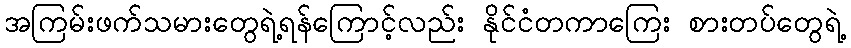
အကြမ်းဖက်သမားတွေရဲ့ရန်ကြောင့်လည်း နိုင်ငံတကာကြေး စားတပ်တွေရဲ့